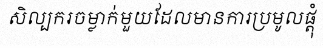
សិល្បករចម្លាក់មួយដែលមានការប្រមូលផ្តុំ